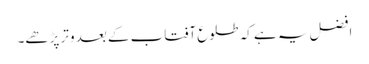
افضل یہ ہے کہ طلوع آفتاب کے بعد وتر پڑھے۔